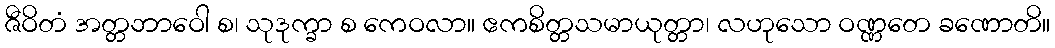
ဇီဝိတံ အတ္တဘာဝေါ စ၊ သုဒုက္ခာ စ ကေဝလာ။ ဧကစိတ္တသမာယုတ္တာ၊ လဟုသော ဝဏ္ဏတေ ခဏောတိ။